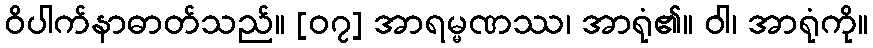
ဝိပါက်နာဓာတ်သည်။ [၀၇] အာရမ္မဏဿ၊ အာရုံ၏။ ဝါ၊ အာရုံကို။